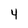
Character: 4